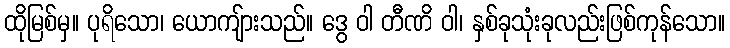
ထိုမြစ်မှ။ ပုရိသော၊ ယောကျ်ားသည်။ ဒွေ ဝါ တီဏိ ဝါ၊ နှစ်ခုသုံးခုလည်းဖြစ်ကုန်သော။